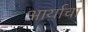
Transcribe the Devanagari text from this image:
आर्याचा